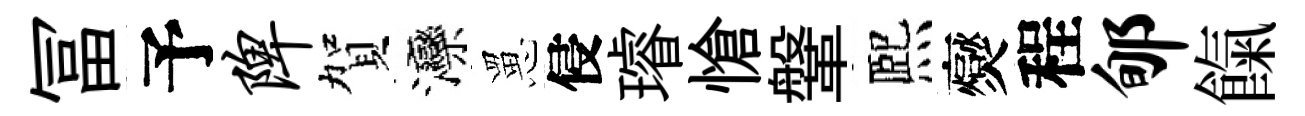
冨予陴賀灤罳侵璿愴鞶熈爕程郇餼